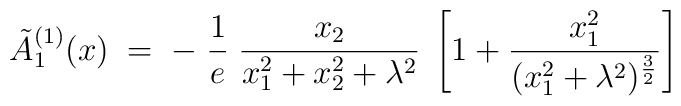
\tilde{A}^{(1)}_1(x) \; = \;- \; \frac{1}{e} \; \frac{x_2}{x_1^2 + x_2^2 + \lambda^2} \;\left[ 1 + \frac{x_1^2}{(x_1^2+\lambda^2)^{\frac{3}{2}}} \right]